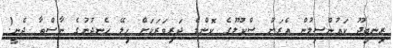
ރިނބިދޫ ކައުންސިލުން އެރަށު ސްކޫލުގެ ކޮންމެ ދަރިވަރަކަށް ހިލޭ ހެނދުނުގެ ނާސްތާ ދެނީ!